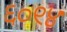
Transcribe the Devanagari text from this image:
६०९४